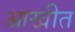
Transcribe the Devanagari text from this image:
आखीत